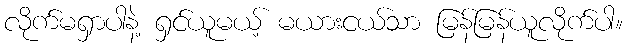
လိုက်မရှာပါနဲ့ ရှင်ယူမယ့် မယားငယ်သာ မြန်မြန်ယူလိုက်ပါ။